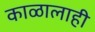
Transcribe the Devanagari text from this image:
काळालाही